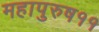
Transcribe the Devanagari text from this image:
महापुरुष११